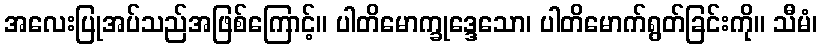
အလေးပြုအပ်သည်အဖြစ်ကြောင့်။ ပါတိမောက္ခုဒ္ဒေသော၊ ပါတိမောက်ရွတ်ခြင်းကို။ သီမံ၊